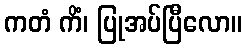
ကတံ ကိံ၊ ပြုအပ်ပြီလော။